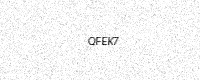
Text: QFEK7